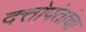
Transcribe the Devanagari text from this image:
दत्तोपंतांचा